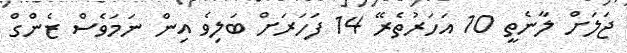
ޖަލަށް ލާނެތީ 10 އަހަރުތެރޭ 14 ފަހަރަށް ބަލިވެ އިން ނަމަވެސް ޒެންގް